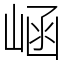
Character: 崡